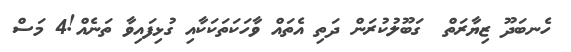
ހެނބަދޫ ޒިޔާރަތް  ގަބޫލުކުރަން ދަތި އެތައް ވާހަކަތަކަކާއި ގުޅިފައިވާ ތަނެއް!4 މަސް